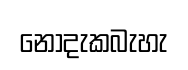
නොදැකබැහැ